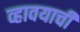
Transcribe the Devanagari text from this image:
व्हावयाची